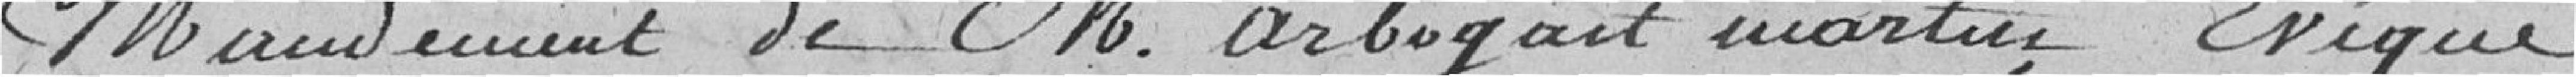
mandement de M. Arbogart Martin, Evêque